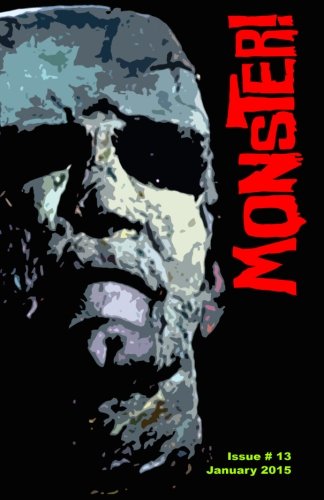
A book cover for Monster! #13: January 2015 - Hammer Studios Special; Tim Paxton; Humor & Entertainment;